38_143685_box7_Incident_Summaries_1-100
Agency: Department of War
Page 33
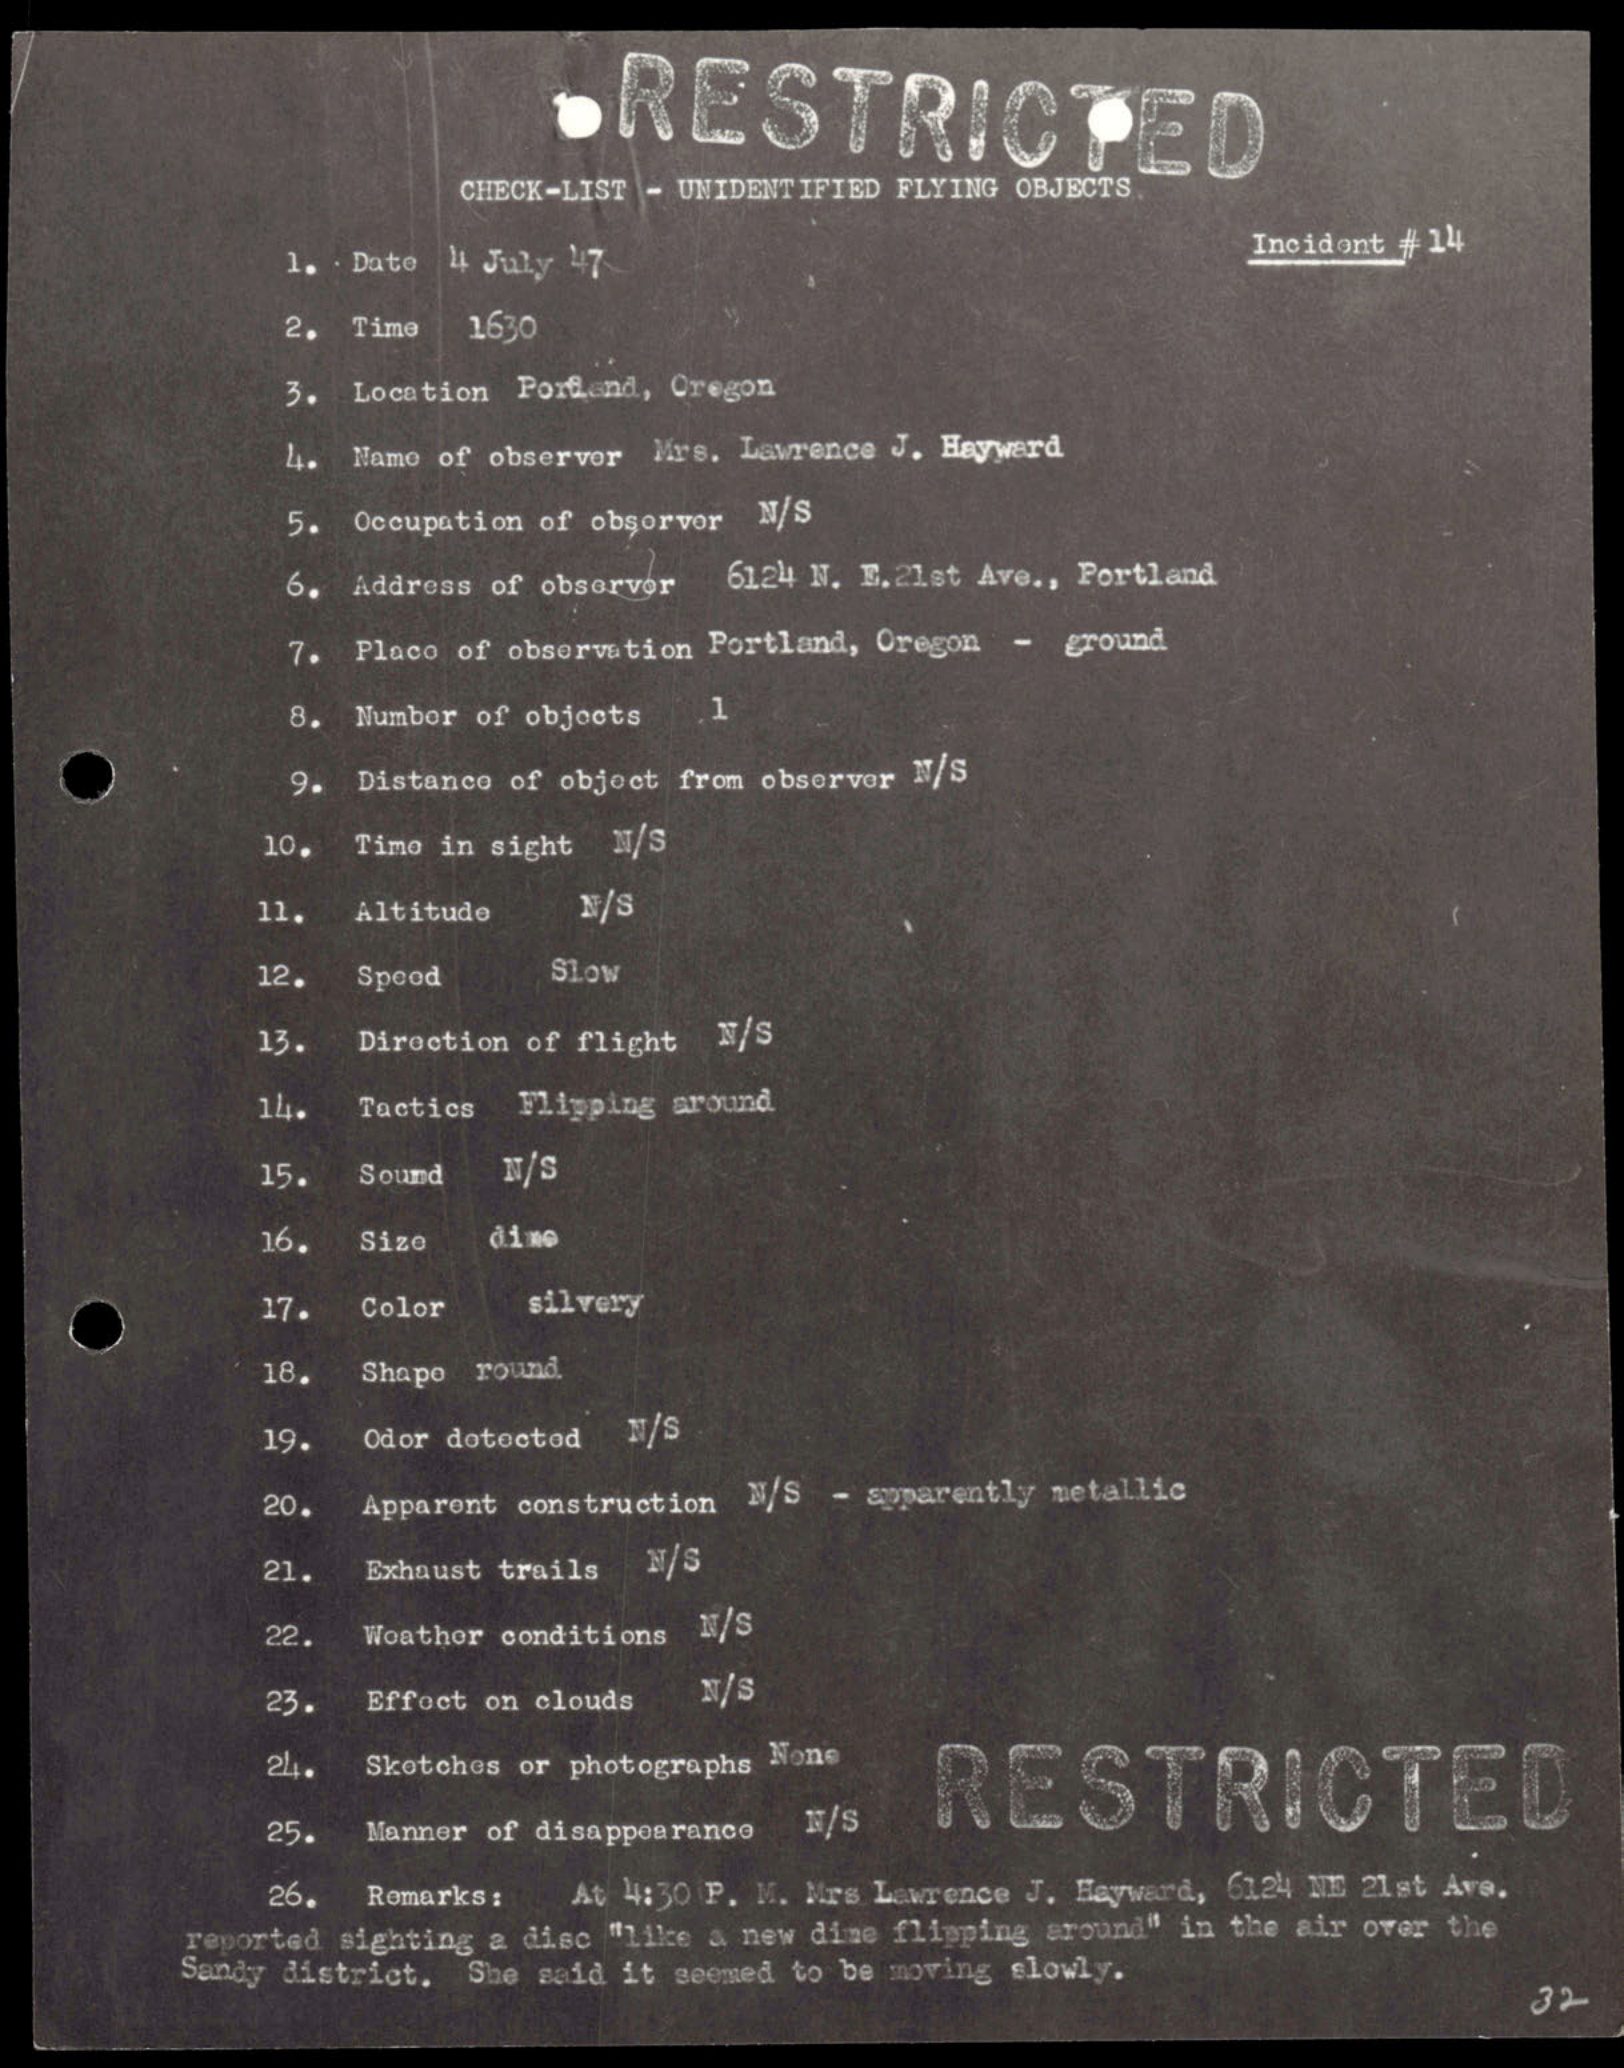